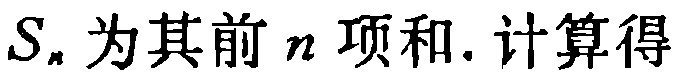
$S_{n}$为其前$n$项和. 计算得